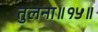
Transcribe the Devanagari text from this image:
तुलना॥१५॥